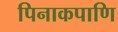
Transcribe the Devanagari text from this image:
पिनाकपाणि